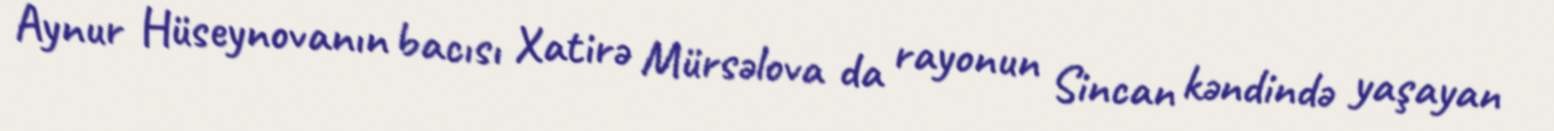
Aynur Hüseynovanın bacısı Xatirə Mürsəlova da rayonun Sincan kəndində yaşayan